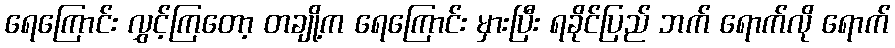
ရေကြောင်း လွှင့်ကြတော့ တချို့က ရေကြောင်း မှားပြီး ရခိုင်ပြည် ဘက် ရောက်လို ရောက်